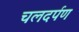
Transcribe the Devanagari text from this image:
चलदर्पण